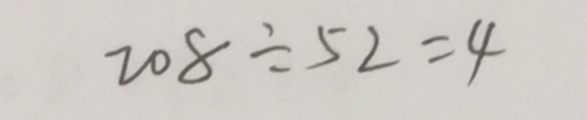
2 0 8 \div 5 2 = 4